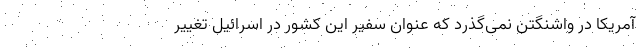
آمریکا در واشنگتن نمی‌گذرد که عنوان سفیر این کشور در اسرائیل تغییر